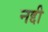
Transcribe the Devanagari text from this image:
नद्दी